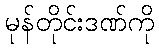
မုန်တိုင်းဒဏ်ကို